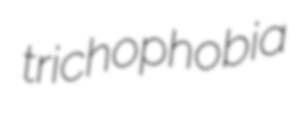
trichophobia